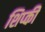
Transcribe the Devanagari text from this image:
शिप्की